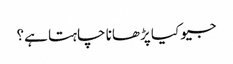
جیو کیا پڑھانا چاہتا ہے؟